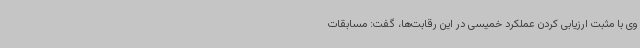
وی با مثبت ارزیابی کردن عملکرد خمیسی در این رقابت‌ها، گفت: مسابقات